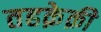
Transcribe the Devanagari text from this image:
तहक़ेक़ी